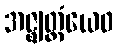
အဇ္ဈတ္တံယေဝ